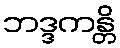
ဘဒ္ဒကန္တိ